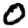
Digit: 0